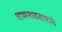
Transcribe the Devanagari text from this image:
वामनावताराने